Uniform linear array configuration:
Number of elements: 4
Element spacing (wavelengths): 1
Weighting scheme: cosine
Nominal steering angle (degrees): -15
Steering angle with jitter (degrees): -14.251
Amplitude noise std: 0.05
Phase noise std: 0.05

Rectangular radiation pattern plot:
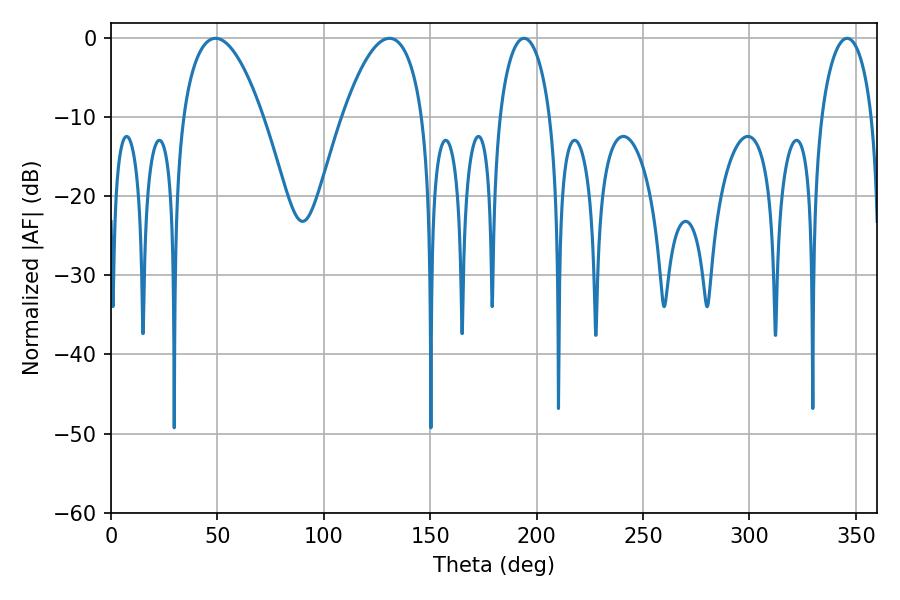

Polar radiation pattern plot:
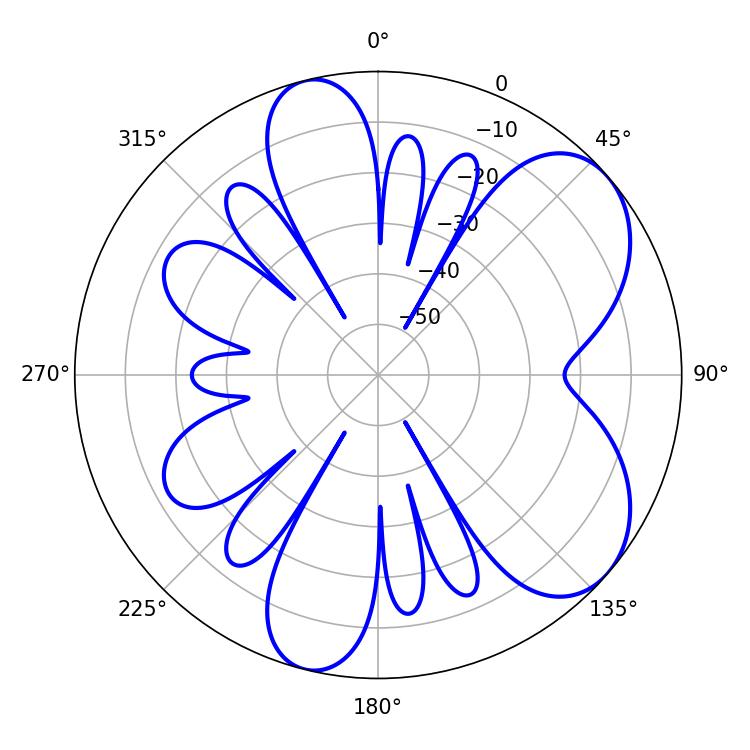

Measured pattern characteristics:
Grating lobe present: TRUE
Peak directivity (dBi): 6.494
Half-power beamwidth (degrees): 20.88
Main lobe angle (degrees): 49.14